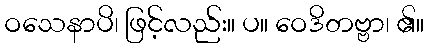
ဝသေနာပိ၊ ဖြင့်လည်း။ ပ။ ဝေဒိတဗ္ဗာ၊ ၏။